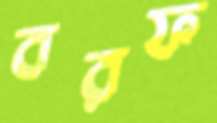
বরফ